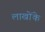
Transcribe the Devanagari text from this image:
लाखोंके